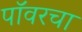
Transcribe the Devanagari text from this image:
पॉवरचा